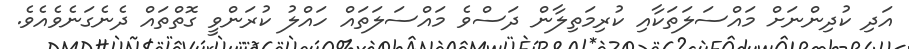
އަދި ކުދިންނަށް މައްސަލަތަކާއި ކުރިމަތިލާން ދަސްވެ މައްސަލަތައް ހައްލު ކުރަންވީ ގޮތްތައް ދެނެގަނެވެއެވެ.